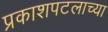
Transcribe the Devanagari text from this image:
प्रकाशपटलाच्या